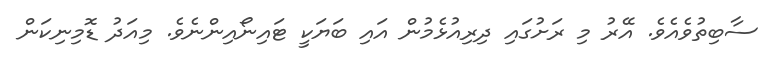
ސާބިތުވެއެވެ. އޭރު މި ރަށުގައި ދިރިއުޅެމުން އައި ބަޔަކީ ޓައިނޯއިންނެވެ. މިއަދު ޑޮމިނިކަން